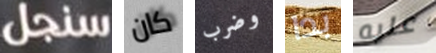
سنجل كان وضرب بدا عليه